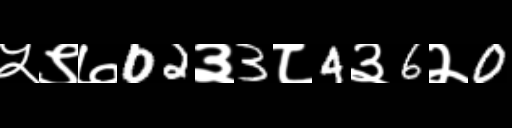
Text: ५९७02३3८4३6२0